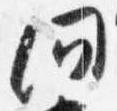
問